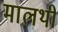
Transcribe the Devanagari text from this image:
मालथी